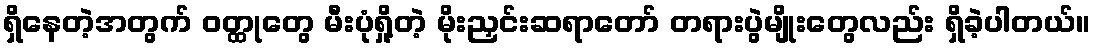
ရှိနေတဲ့အတွက် ဝတ္ထုတွေ မီးပုံရှို့တဲ့ မိုးညှင်းဆရာတော် တရားပွဲမျိုးတွေလည်း ရှိခဲ့ပါတယ်။